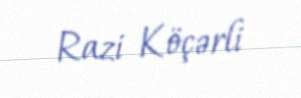
Razi Köçərli